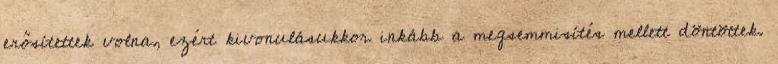
erősítettek volna, ezért kivonulásukkor inkább a megsemmisítés mellett döntöttek.